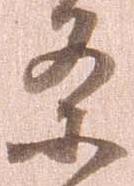
条